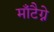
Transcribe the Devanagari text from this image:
माँटैग्ने